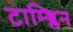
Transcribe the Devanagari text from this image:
टाम्ब्लिन